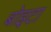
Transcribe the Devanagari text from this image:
बोइटा